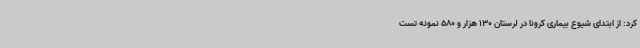
کرد: از ابتدای شیوع بیماری کرونا در لرستان 130 هزار و 580 نمونه تست